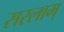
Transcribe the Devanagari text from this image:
सरलाम्